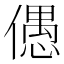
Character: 𠏋